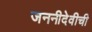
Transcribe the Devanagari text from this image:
जननीदेवीची